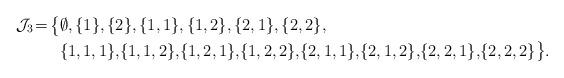
LaTeX: \begin{align*}\mathcal{J}_3 \! = \! \bigl\{&\emptyset, \{1\}, \{2\}, \{1,1\}, \{1,2\}, \{2,1\}, \{2,2\}, \\&\{1,1,1\},\! \{1,1,2\},\!\{1,2,1\},\!\{1,2,2\},\!\{2,1,1\},\!\{2,1,2\},\!\{2,2,1\},\!\{2,2,2\}\bigr\}.\end{align*}